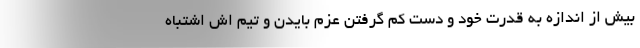
بیش از اندازه به قدرت خود و دست کم گرفتن عزم بایدن و تیم اش اشتباه